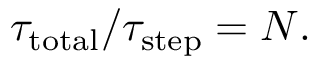
\tau _ { \mathrm { t o t a l } } / \tau _ { \mathrm { s t e p } } = N .